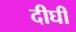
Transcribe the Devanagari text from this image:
दीघी